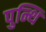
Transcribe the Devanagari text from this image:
पुन्थि